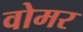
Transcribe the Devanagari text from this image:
वोमर